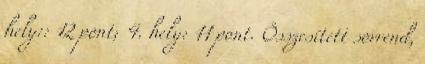
hely:: 12 pont; 4. hely: 11 pont. Összesített sorrend,